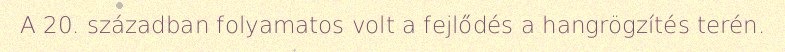
A 20. században folyamatos volt a fejlődés a hangrögzítés terén.